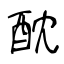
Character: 酖